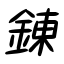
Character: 錬